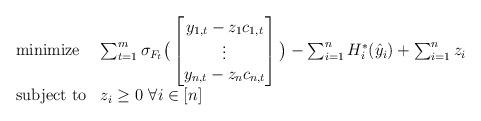
LaTeX: \begin{align*}\begin{array}{ll}\mbox{minimize}& \sum_{t=1}^m \sigma_{F_t} \big(\begin{bmatrix} y_{1,t}-z_1c_{1,t} \\ \vdots \\ y_{n,t}-z_n c_{n,t} \end{bmatrix}\big)-\sum_{i=1}^n H_i^*(\hat{y}_i)+\sum_{i=1}^n z_i\\\mbox{subject to}& z_i\geq 0 ~\forall i\in[n]\\\end{array}\end{align*}